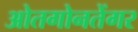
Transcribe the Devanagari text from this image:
ओतगोनतेंगर